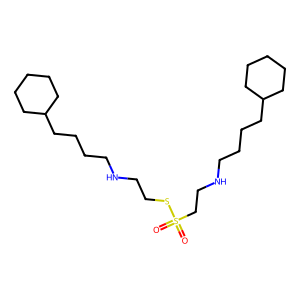
SMILES: O=S(=O)(CCNCCCCC1CCCCC1)SCCNCCCCC1CCCCC1
Inhibits HIV replication: No